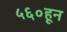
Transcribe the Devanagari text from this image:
५६०हून